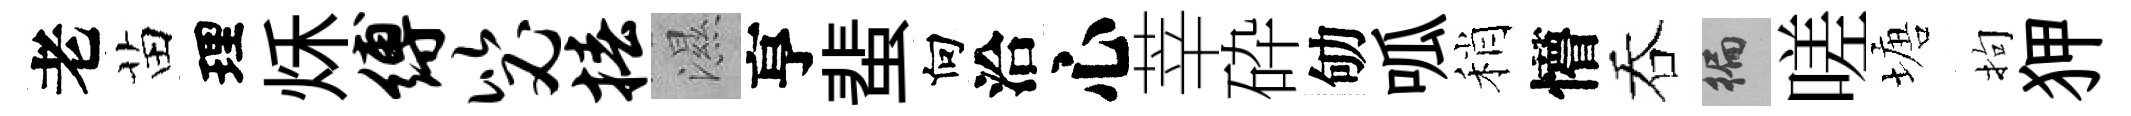
老苗理秌缚毖椿濕亨蜚向洽心莘砕劬呱稍懵吞徧嗟塘拘狎